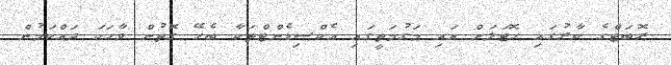
ރޮބަޓްގެ ކާރުގައި ހޮޓަލަށް އައި މަގުމަތީގައި އެކްސިޑެންޓްތަކާ ބެހޭ ގޮތުން ވާހަކަ ދައްކަމުން